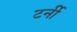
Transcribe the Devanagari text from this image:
टर्नी